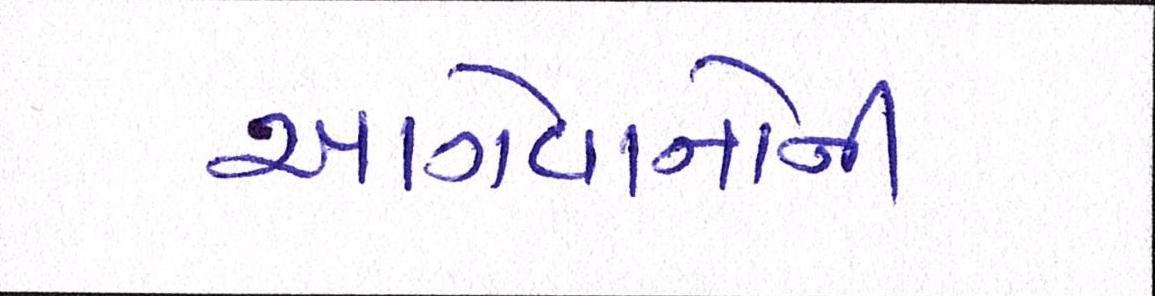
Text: આગેવાનોની